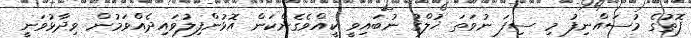
ފޮތުގެ މުސައްނިފު މި ސިފަ ނުވަތަ ޚުލްޤު ނުބައިވީ ކީއްވެގެންކަން އޮޅުންފިލުވައިދެއްވަމުން ވިދާޅުވަނީ